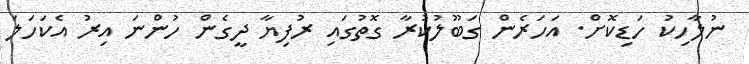
ނުލާހިކު ހަޑިކޮށް. އަހަރެން ގަބޫލުކުރާ ގޮތުގައި ރުފިޔާ ދީގެން ހުންނަ އިރު އެކަހަލަ